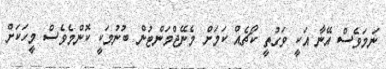
ނަމަވެސް އޭނާ އަކީ ވަގުތީ ކޯޗެއް ކަމަށް މެނޭޖްމަންޓުން ބުނުމަކީ ކޮންމެވެސް މީހަކަށް